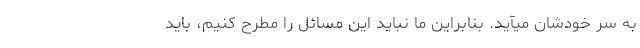
به سر خودشان میآید. بنابراین ما نباید این مسائل را مطرح کنیم، باید